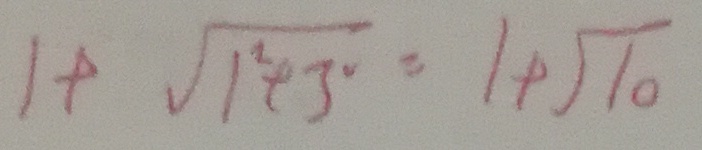
1 + \sqrt { 1 ^ { 2 } + 3 ^ { 2 } } = 1 + \sqrt { 1 0 }